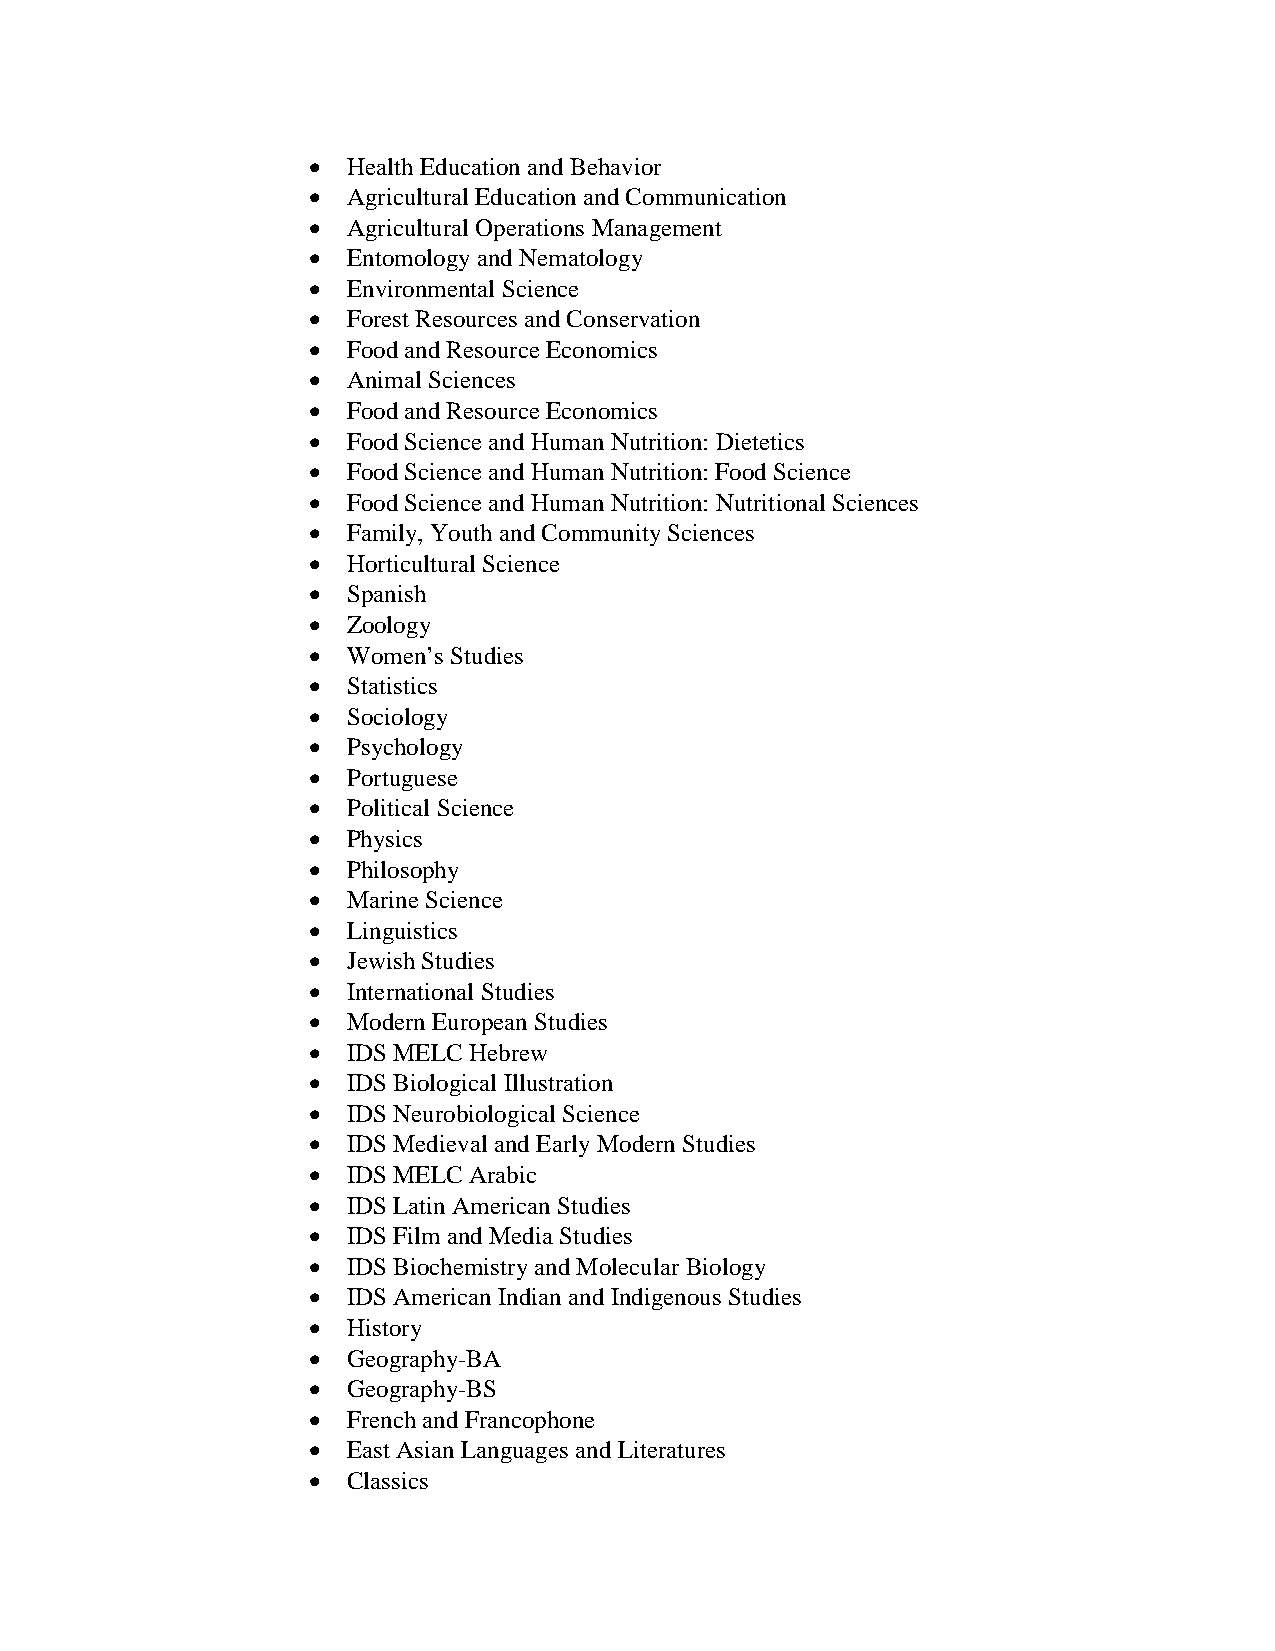
•  Health Education and Behavior
 •  Agricultural Education and Communication
 •  Agricultural Operations Management
 •  Entomology and Nematology
 •  Environmental Science
 •  Forest Resources and Conservation
 •  Food and Resource Economics
 •  Animal Sciences
 •  Food and Resource Economics
 •  Food Science and Human Nutrition: Dietetics
 •  Food Science and Human Nutrition: Food Science
 •  Food Science and Human Nutrition: Nutritional Sciences
 •  Family, Youth and Community Sciences
 •  Horticultural Science
 •  Spanish
 •  Zoology
 •  Women’s Studies
 •  Statistics
 •  Sociology
 •  Psychology
 •  Portuguese
 •  Political Science
 •  Physics
 •  Philosophy
 •  Marine Science
 •  Linguistics
 •  Jewish Studies
 •  International Studies
 •  Modern European Studies
 •  IDS MELC Hebrew
 •  IDS Biological Illustration
 •  IDS Neurobiological Science
 •  IDS Medieval and Early Modern Studies
 •  IDS MELC Arabic
 •  IDS Latin American Studies
 •  IDS Film and Media Studies
 •  IDS Biochemistry and Molecular Biology
 •  IDS American Indian and Indigenous Studies
 •  History
 •  Geography-BA
 •  Geography-BS
 •  French and Francophone
 •  East Asian Languages and Literatures
 •  Classics